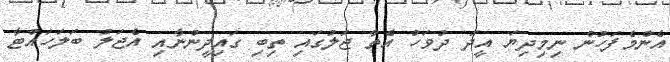
އެންމެފަހުން ނިމިދިޔަ އީދު ދުވަހު އެތާ ޖަލުގައި ތިބި ގައިދީންނާއި އެޖަލު ބަލަހައްޓާ